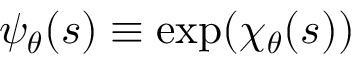
\psi _ { \boldsymbol \theta } ( s ) \equiv \exp ( \chi _ { \boldsymbol \theta } ( \boldsymbol s ) )